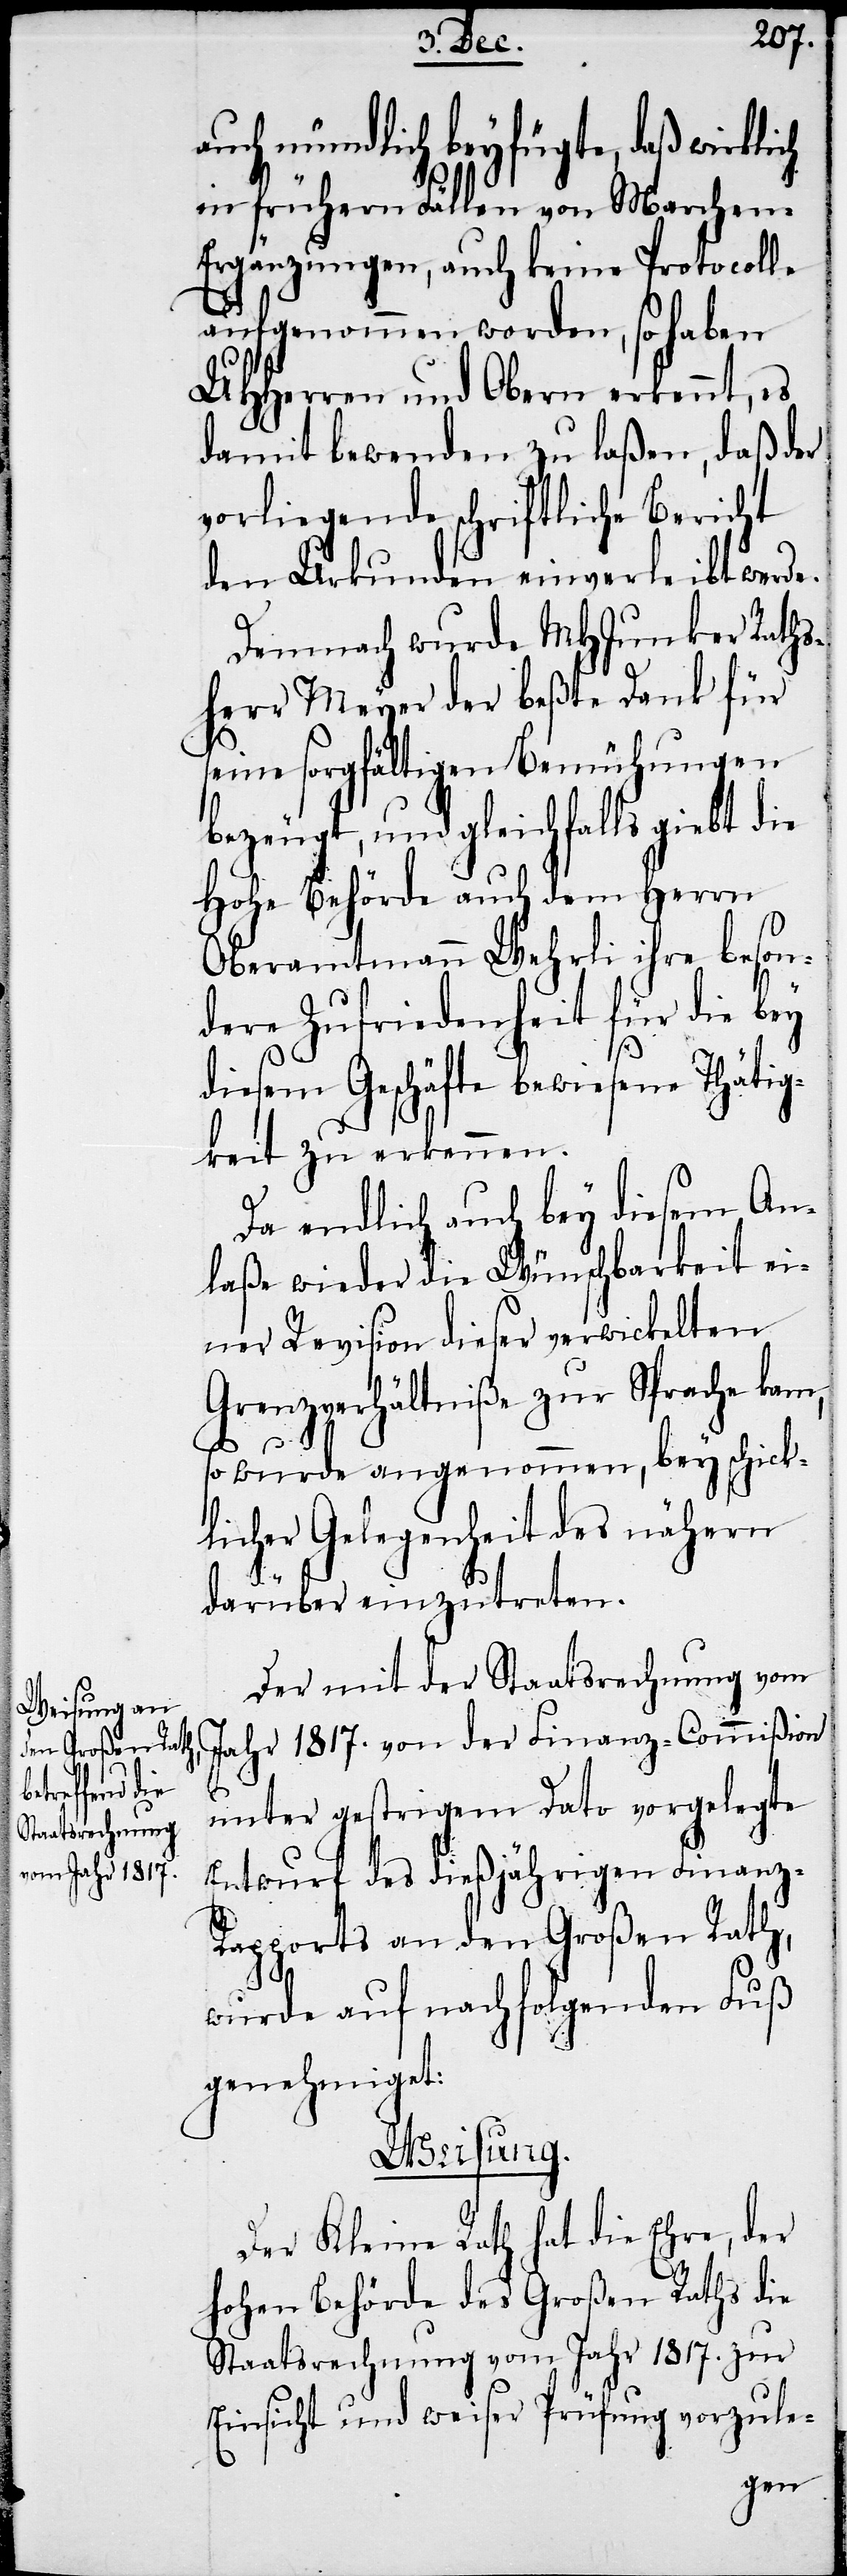
auch mündlich beyfügte, daß wirklich
in frühern Fällen von Marchen-E¬
rgänzungen, auch keine Protocolle
aufgenommen worden, so haben
UHHerren und Obern erkennt, es
damit bewenden zu laßen, daß der
vorliegende schriftliche Bericht
den Urkunden einverleibt werde.
Demnach wurde MHJunker Raths¬
herr Meyer der beßte Dank für
seine sorgfältigen Bemühungen
bezeugt, und gleichfalls giebt, die
Hohe Behörde auch dem Herrn
Oberamtmann Wehrli ihre beson¬
dere Zufriedenheit für die bey
diesem Geschäfte bewiesene Thätig¬
keit zu erkennen.
Da endlich auch bey diesem An¬
laße wieder die Wünschbarkeit ei¬
ner Revision dieser verwickelten
Grenzverhältniße zur Sprache kam,
so wurde angenommen, bey schick¬
licher Gelegenheit des nähern
darüber einzutreten.
Der mit der Staatsrechnung vom
Jahr 1817. von der Finanz-Commißion
unter gestrigem Dato vorgelegte
Entwurf des dießjährigen Finanz-R¬
apports an den Großen Rath,
wurde auf nachfolgenden Fuß
genehmiget:
Weisung.
Der Kleine Rath hat die Ehre, der
hohen Behörde des Großen Raths die
Staatsrechnung vom Jahr 1817. zur
Einsicht und weiser Prüfung vorzule-